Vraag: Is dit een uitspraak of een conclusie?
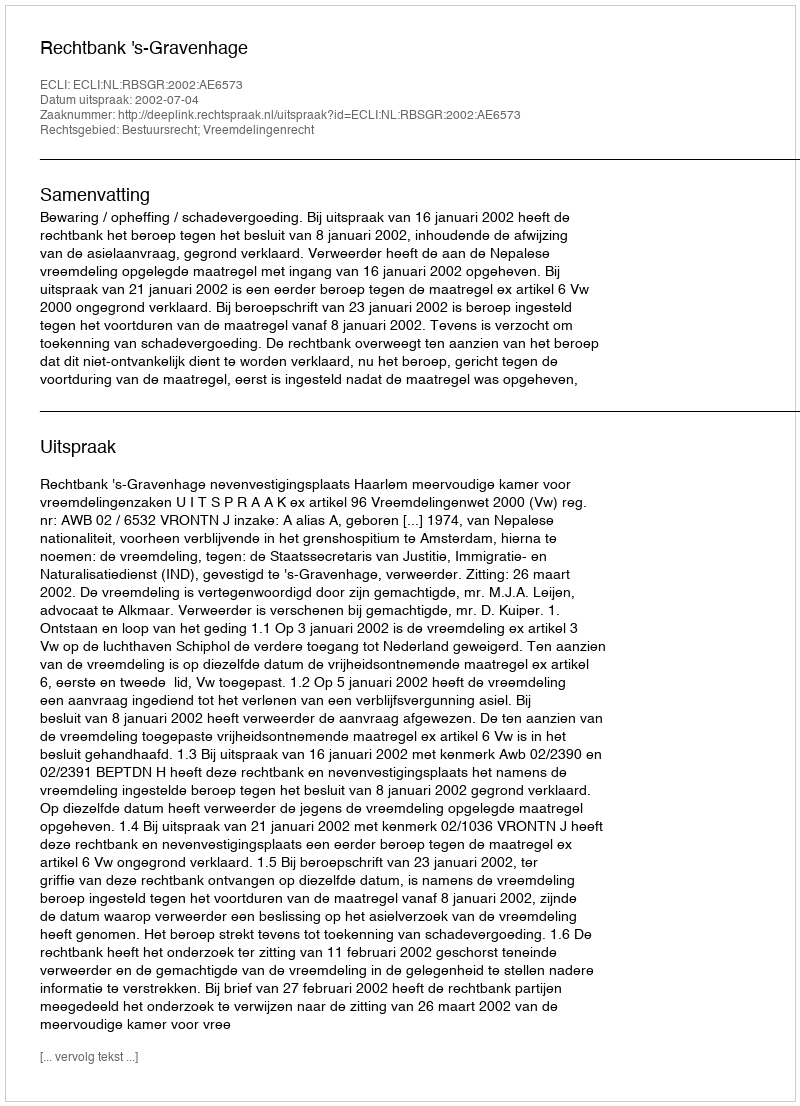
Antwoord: Uitspraak